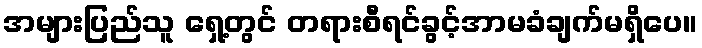
အများပြည်သူ ရှေ့တွင် တရားစီရင်ခွင့်အာမခံချက်မရှိပေ။